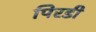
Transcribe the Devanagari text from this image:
पिरडी